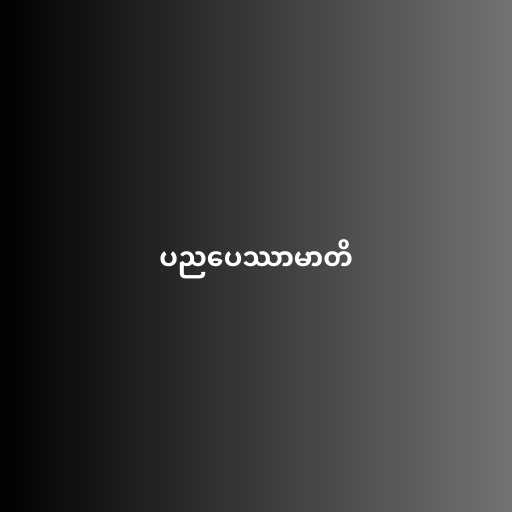
ပညပေဿာမာတိ